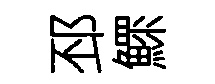
邳鰥